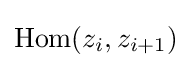
\operatorname {Hom} (z_{i},z_{i+1})